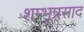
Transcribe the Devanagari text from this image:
शम्भूप्रसाद